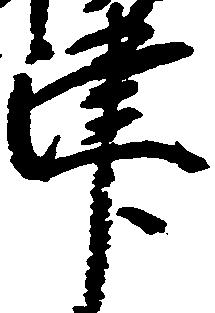
津